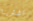
اشترينا